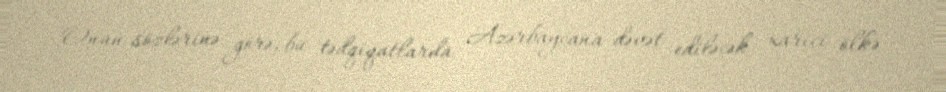
Onun sözlərinə görə, bu tədqiqatlarda Azərbaycana dəvət ediləcək xarici ölkə